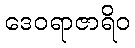
ဒေဝရာဇာရိဝ